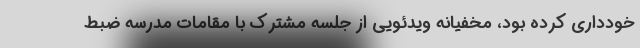
خودداری کرده بود، مخفیانه ویدئویی از جلسه مشترک با مقامات مدرسه ضبط